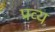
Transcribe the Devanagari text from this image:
प्रव्य